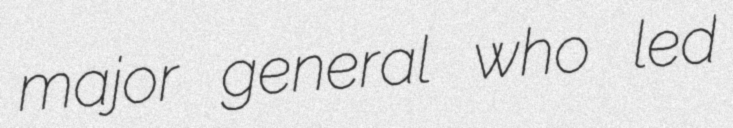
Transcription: major general who led